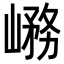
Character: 𡺱